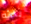
بحثه